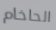
الحاخام